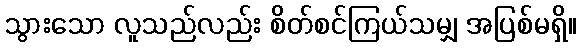
သွားသော လူသည်လည်း စိတ်စင်ကြယ်သမျှ အပြစ်မရှိ။